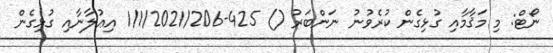
ނޯޓް: މި މަޤާމާއި ގުޅިގެން ކުރެވުނު ނަންބަރު () 425-1/1/2021/206 އިޢުލާނާއި ގުޅިގެން